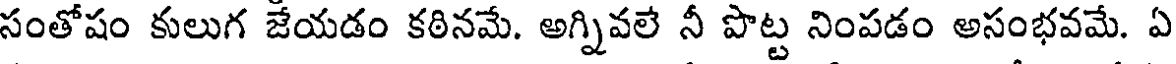
సంతోషం కులుగ జేయడం కఠినమే. అగ్నివలే నీ పొట్ట నింపడం అసంభవమే. ఏ